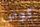
كوبي